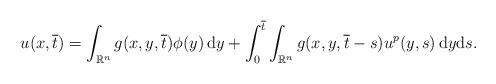
LaTeX: \begin{align*} u(x,\overline{t})= \int_{\mathbb{R}^{n}}g(x,y,\overline{t})\phi(y)\,\mathrm{d}y +\int_{0}^{\overline{t}}\int_{\mathbb{R}^{n}}g(x,y,\overline{t}-s) u^{p}(y,s)\,\mathrm{d}y\mathrm{d}s. \end{align*}